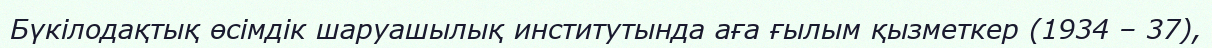
Бүкілодақтық өсімдік шаруашылық институтында аға ғылым қызметкер (1934 – 37),